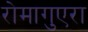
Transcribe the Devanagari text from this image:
रोमागुएरा